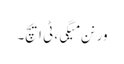
ورنن میگی، ٹی ایچ۔